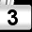
Digit: 3